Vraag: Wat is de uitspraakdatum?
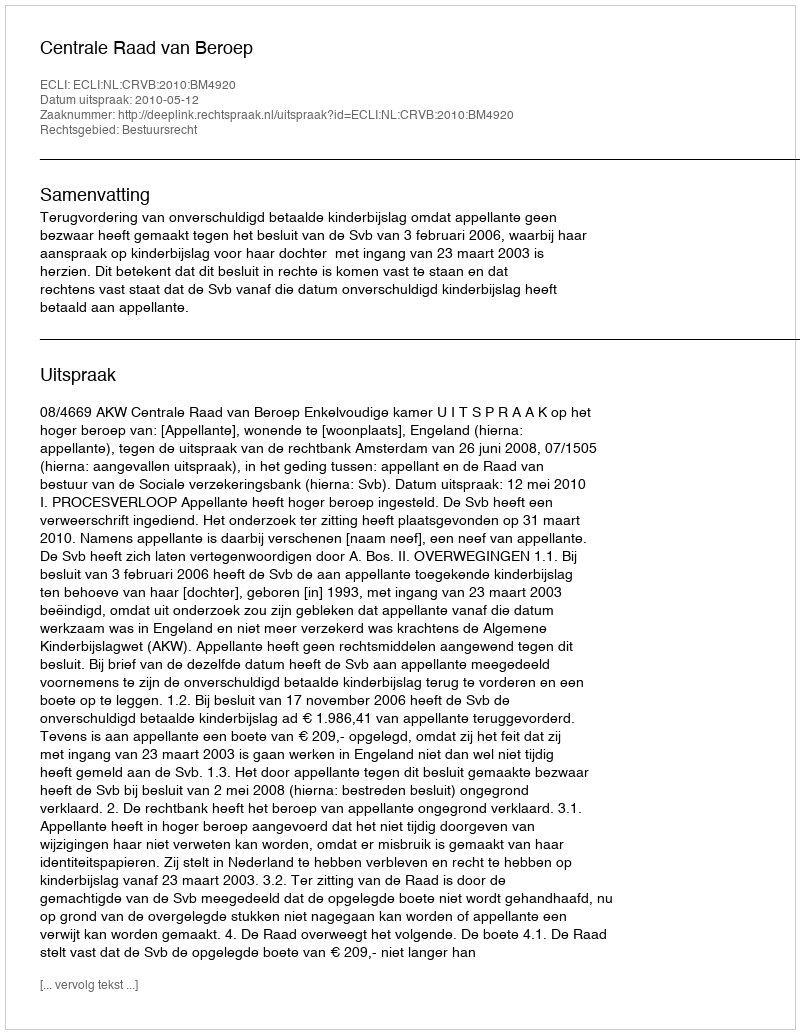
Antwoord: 2010-05-12